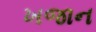
ખજાન